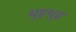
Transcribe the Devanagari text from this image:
थुइथुइ